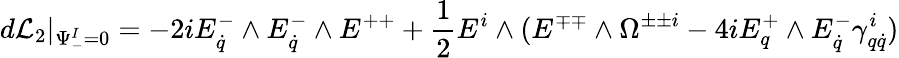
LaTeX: d{\cal L}_{2}\vert_{\Psi_{-}^{I}=0}=-2iE_{\dot{q}}^{-}\wedge E_{\dot{q}}^{-}\wedge E^{++}+{\frac{1}{2}}E^{i}\wedge(E^{\mp\mp}\wedge\Omega^{\pm\pm i}-4iE_{q}^{+}\wedge E_{\dot{q}}^{-}\gamma_{q\dot{q}}^{i})